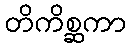
တိကိစ္ဆကာ